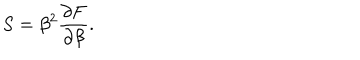
S = \beta ^ { 2 } { \frac { \partial F } { \partial \beta } } .